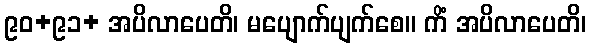
၉၀+၉၁+ အပိလာပေတိ၊ မပျောက်ပျက်စေ။ ကိံ အပိလာပေတိ၊